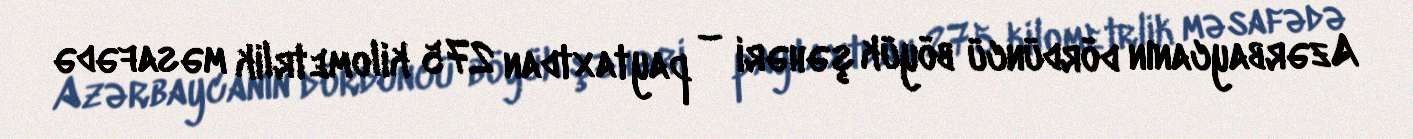
Azərbaycanın dördüncü böyük şəhəri – paytaxtdan 275 kilometrlik məsafədə